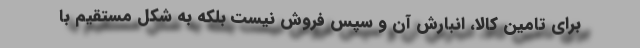
برای تامین کالا، انبارش آن و سپس فروش نیست بلکه به شکل مستقیم با